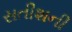
સતીશની